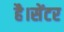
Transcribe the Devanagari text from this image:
है।सेंटर